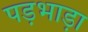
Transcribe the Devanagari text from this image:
पड़भाड़ा